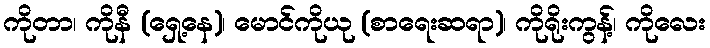
ကိုတာ၊ ကိုနီ (ရှေ့နေ)၊ မောင်ကိုယု (စာရေးဆရာ)၊ ကိုရိုးကွန့်၊ ကိုလေး